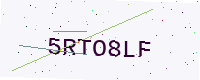
Text: 5RTO8LF